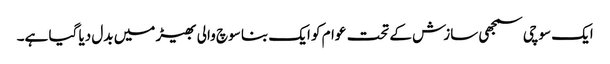
ایک سوچی سمجھی سازش کے تحت عوام کو ایک بنا سوچ والی بھیڑ میں بدل دیا گیا ہے۔